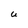
Character: U